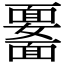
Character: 𩉆